Problem: 39 + 21 = ?
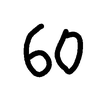
Handwritten answer: 60